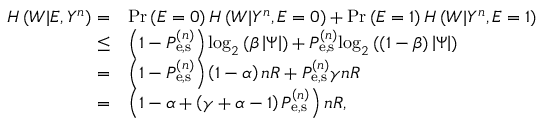
\begin{array} { r l } { H \left( { W | E , { Y ^ { n } } } \right) = } & { \operatorname* { P r } \left( { E = 0 } \right) H \left( { W | { Y ^ { n } } , E = 0 } \right) + \operatorname* { P r } \left( { E = 1 } \right) H \left( { W | { Y ^ { n } } , E = 1 } \right) } \\ { \leq } & { \left( { 1 - P _ { { \mathrm { e , s } } } ^ { \left( n \right) } } \right) { \log _ { 2 } } \left( { \beta \left| \Psi \right| } \right) + P _ { { \mathrm { e , s } } } ^ { \left( n \right) } { \log _ { 2 } } \left( { \left( { 1 - \beta } \right) \left| \Psi \right| } \right) } \\ { = } & { \left( { 1 - P _ { { \mathrm { e , s } } } ^ { \left( n \right) } } \right) \left( { 1 - \alpha } \right) n R + P _ { { \mathrm { e , s } } } ^ { \left( n \right) } \gamma n R } \\ { = } & { \left( { 1 - \alpha + \left( { \gamma + \alpha - 1 } \right) P _ { { \mathrm { e , s } } } ^ { \left( n \right) } } \right) n R , } \end{array}